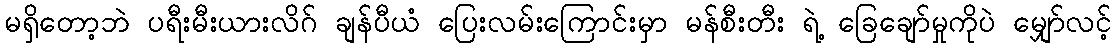
မရှိတော့ဘဲ ပရီးမီးယားလိဂ် ချန်ပီယံ ပြေးလမ်းကြောင်းမှာ မန်စီးတီး ရဲ့ ခြေချော်မှုကိုပဲ မျှော်လင့်